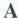
A